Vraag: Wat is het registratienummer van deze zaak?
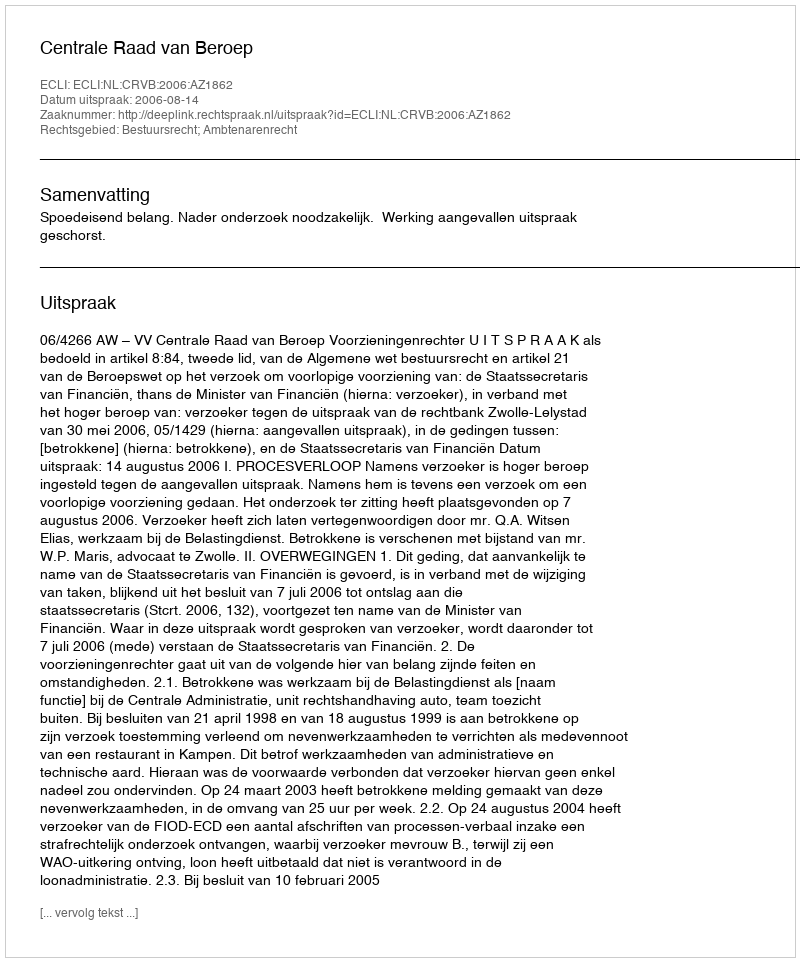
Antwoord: http://deeplink.rechtspraak.nl/uitspraak?id=ECLI:NL:CRVB:2006:AZ1862